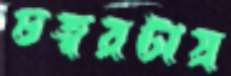
চত্বরটায়